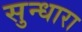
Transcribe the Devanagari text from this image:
सुन्धारा